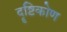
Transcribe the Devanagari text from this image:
दॄष्टिकोण